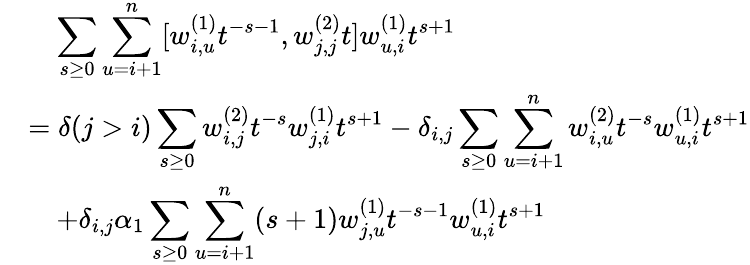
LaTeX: \begin{array}{rl}&{\quad\displaystyle\sum_{s\geq 0}\displaystyle\sum_{u=i+1}^{n}[w_{i,u}^{(1)}t^{-s-1},w_{j,j}^{(2)}t]w_{u,i}^{(1)}t^{s+1}}\\ &{=\delta(j>i)\displaystyle\sum_{s\geq 0}w_{i,j}^{(2)}t^{-s}w_{j,i}^{(1)}t^{s+1}-\delta_{i,j}\displaystyle\sum_{s\geq 0}\sum_{u=i+1}^{n}w_{i,u}^{(2)}t^{-s}w_{u,i}^{(1)}t^{s+1}}\\ &{\quad+\delta_{i,j}\alpha_{1}\displaystyle\sum_{s\geq 0}\sum_{u=i+1}^{n}(s+1)w_{j,u}^{(1)}t^{-s-1}w_{u,i}^{(1)}t^{s+1}}\end{array}